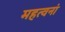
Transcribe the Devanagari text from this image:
महत्वनां